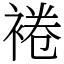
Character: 裷